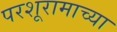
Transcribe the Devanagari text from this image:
परशूरामाच्या